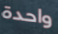
واحدة